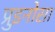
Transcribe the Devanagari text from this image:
प्रुइनोसा